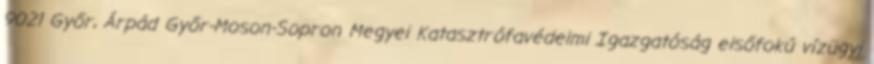
9021 Győr, Árpád Győr-Moson-Sopron Megyei Katasztrófavédelmi Igazgatóság elsőfokú vízügyi